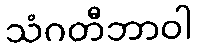
သံဂတီဘာဝါ